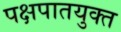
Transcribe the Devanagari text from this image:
पक्षपातयुक्त